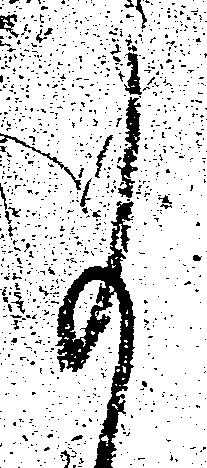
事